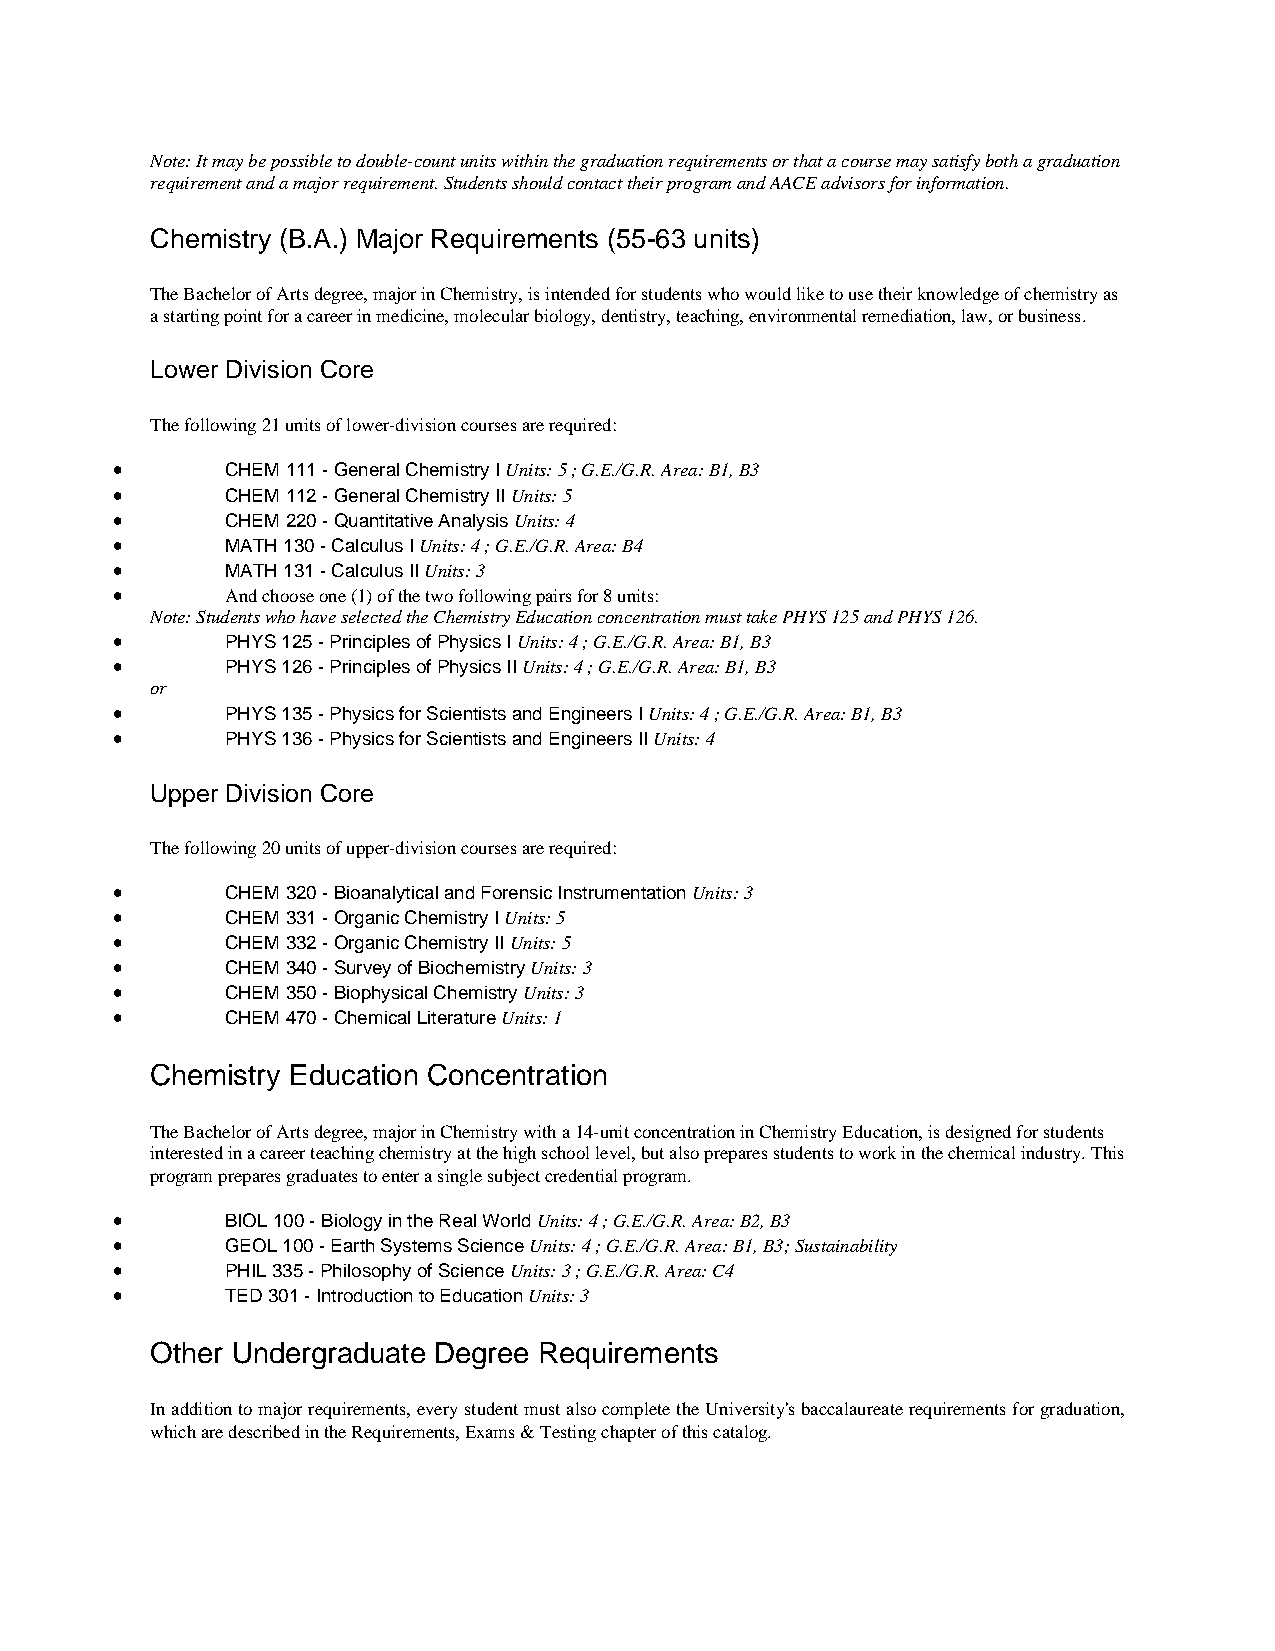
Note: It may be possible to double-count units within the graduation requirements or that a course may satisfy both a graduation
 requirement and a major requirement. Students should contact their program and AACE advisors for information.
 Chemistry (B.A.) Major Requirements (55-63 units)
 The Bachelor of Arts degree, major in Chemistry, is intended for students who would like to use their knowledge of chemistry as
 a starting point for a career in medicine, molecular biology, dentistry, teaching, environmental remediation, law, or business.
 Lower Division Core
 The following 21 units of lower-division courses are required:
 •       CHEM 111 - General Chemistry I Units: 5 ; G.E./G.R. Area: B1, B3
 •       CHEM 112 - General Chemistry II Units: 5
 •       CHEM 220 - Quantitative Analysis Units: 4
 •       MATH 130 - Calculus I Units: 4 ; G.E./G.R. Area: B4
 •       MATH 131 - Calculus II Units: 3
 •       And choose one (1) of the two following pairs for 8 units:
 Note: Students who have selected the Chemistry Education concentration must take PHYS 125 and PHYS 126.
 •       PHYS 125 - Principles of Physics I Units: 4 ; G.E./G.R. Area: B1, B3
 •       PHYS 126 - Principles of Physics II Units: 4 ; G.E./G.R. Area: B1, B3
 or
 •       PHYS 135 - Physics for Scientists and Engineers I Units: 4 ; G.E./G.R. Area: B1, B3
 •       PHYS 136 - Physics for Scientists and Engineers II Units: 4
 Upper Division Core
 The following 20 units of upper-division courses are required:
 •       CHEM 320 - Bioanalytical and Forensic Instrumentation Units: 3
 •       CHEM 331 - Organic Chemistry I Units: 5
 •       CHEM 332 - Organic Chemistry II Units: 5
 •       CHEM 340 - Survey of Biochemistry Units: 3
 •       CHEM 350 - Biophysical Chemistry Units: 3
 •       CHEM 470 - Chemical Literature Units: 1
 Chemistry Education Concentration
 The Bachelor of Arts degree, major in Chemistry with a 14-unit concentration in Chemistry Education, is designed for students
 interested in a career teaching chemistry at the high school level, but also prepares students to work in the chemical industry. This
 program prepares graduates to enter a single subject credential program.
 •       BIOL 100 - Biology in the Real World Units: 4 ; G.E./G.R. Area: B2, B3
 •       GEOL 100 - Earth Systems Science Units: 4 ; G.E./G.R. Area: B1, B3; Sustainability
 •       PHIL 335 - Philosophy of Science Units: 3 ; G.E./G.R. Area: C4
 •       TED 301 - Introduction to Education Units: 3
 Other Undergraduate Degree Requirements
 In addition to major requirements, every student must also complete the University's baccalaureate requirements for graduation,
 which are described in the Requirements, Exams & Testing chapter of this catalog.